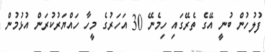
ފުލުހުން ބުނީ އޭގެ ތެރޭގައި ހިމެނޭ 30 އަހަރުގެ މީހާ ހައްޔަރުކުރަން އުޅުމުން